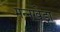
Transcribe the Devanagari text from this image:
मन्नखेड़ा